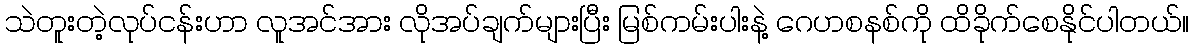
သဲတူးတဲ့လုပ်ငန်းဟာ လူအင်အား လိုအပ်ချက်များပြီး မြစ်ကမ်းပါးနဲ့ ဂေဟစနစ်ကို ထိခိုက်စေနိုင်ပါတယ်။